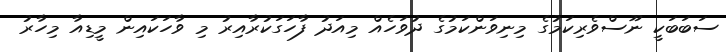
ސަބަބަކީ ނޫސްވެރިކަމުގެ މިނިވަންކަމުގެ ދުވަހެއް މިއަދު ފާހަގަކުރާއިރު މި ވާހަކައިން މީޑިއާ މިހާރު